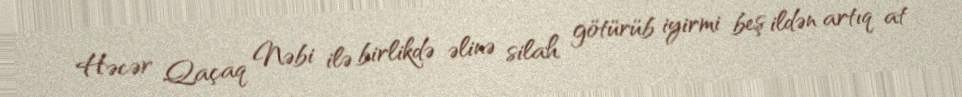
Həcər Qaçaq Nəbi ilə birlikdə əlinə silah götürüb iyirmi beş ildən artıq at